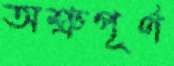
অশ্রুপূর্ণ